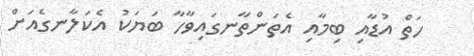
ހަތް އުޑާއި ބިމާއި އެތަންތާނގައިވާހާ ބަޔަކު އެކަލާނގެއަށް